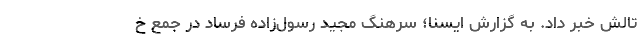
تالش خبر داد. به گزارش ایسنا؛ سرهنگ مجید رسول‌زاده فرساد در جمع خ